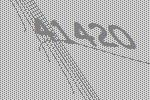
41420